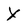
Character: X